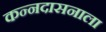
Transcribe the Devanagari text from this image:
कन्नदासनाला